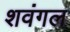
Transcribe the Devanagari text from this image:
शवंगल